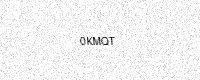
Text: 0KMQT